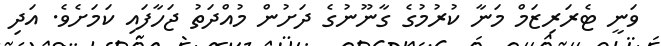
ވަނީ ޓެރަރިޒަމް މަނާ ކުރުމުގެ ގާނޫނުގެ ދަށުން މުއްދަތު ޖަހާފައި ކަމަށެވެ. އަދި